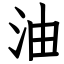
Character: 油